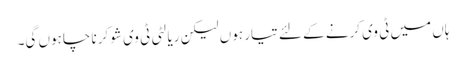
ہاں میں ٹی وی کرنے کے لئے تیار ہوں لیکن ریالٹی ٹی وی شو کرنا چاہوں گی۔